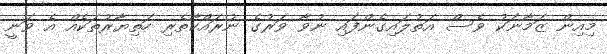
މިއިން ޒަމާނަކު ވެސް އަތުލައިގެންފައި ނުވާ ވަރުގެ ނުރައްކާތެރި ހަތިޔާރުތަކެއް އެ ވަނީ